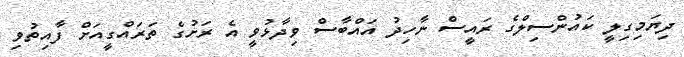
ދިޔަމިގިލީ ކައުންސިލްގެ ރައީސް ނާހިދު އައްބާސް ވިދާޅުވީ އެ ރަށުގެ ތަރައްގީއަށް ފާއިތުވި